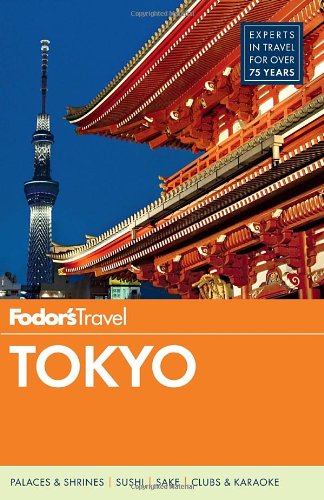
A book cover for Fodor's Tokyo (Full-color Travel Guide); Fodor's; Travel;